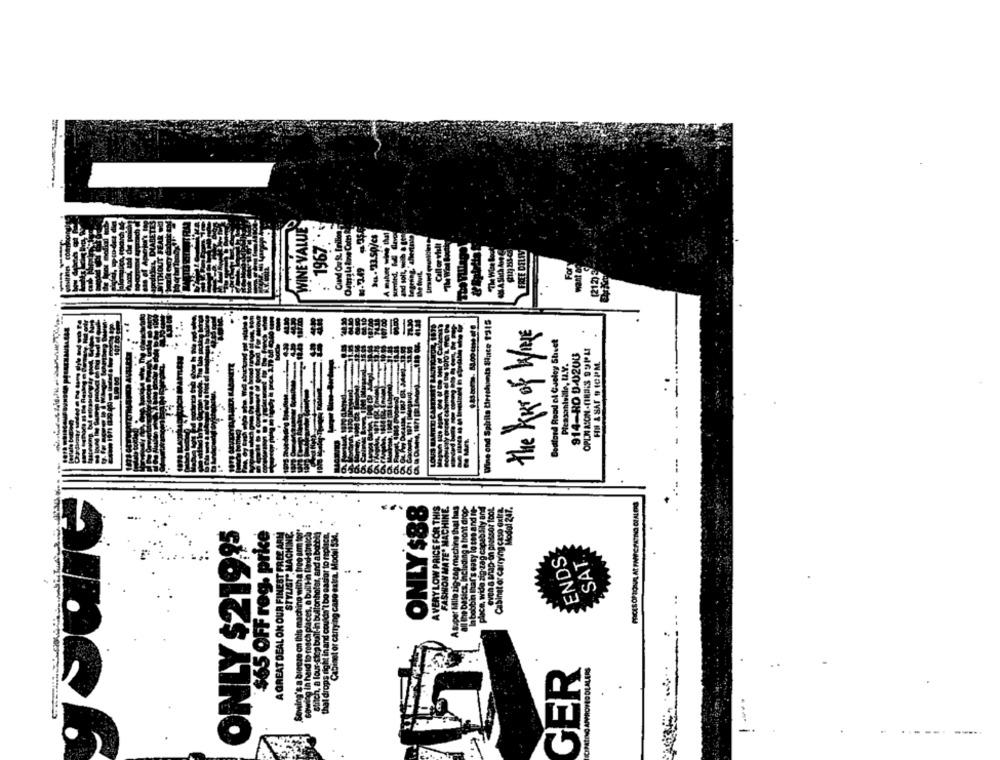
WINE VALUE
: 1967 ..
4. 23.50/c
A malver wine that
"The Wise loud
FREE DELIV
the fruit.
For
want a
Wine and Spirits birrchants Since 1315
the KEY of WINE
Doctford Road ol Csoloy Sheet
107
OPEN ASON-ORDIS 99PAI
914-RO 0-0200
Pleasantville, IL.Y.
FIN &SAT 9 ICPM
ONLY $88
a bont dr
ap-on piesor to
FASHION MATE. MACH
s easy lotes and
19 zag capabaily
Cabinet or Carrying caso @xl
ONLY $21995
$65 OFF reg. price
A VERY LOW PRICE FOR
per Mille tig tag meching th
Model S3
LEA
ENDS
SAT
shuar
on this machine with a
g in hard to reach places, a built-in
or carrying case extra
Brich, a lour, stop built-in buttonhola
thal drops right in and couldn't bo pas
in Ihar
n, wide
A GREAT DEAL ON OUR FIN
MOVED DLALERS
GER